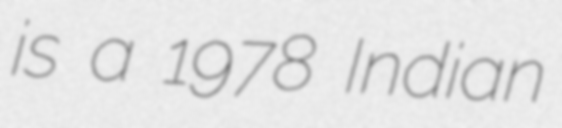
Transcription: is a 1978 Indian